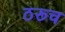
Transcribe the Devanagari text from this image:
ठरूच